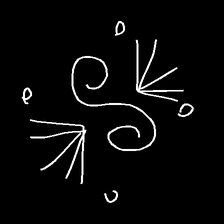
Glyph: aeroform